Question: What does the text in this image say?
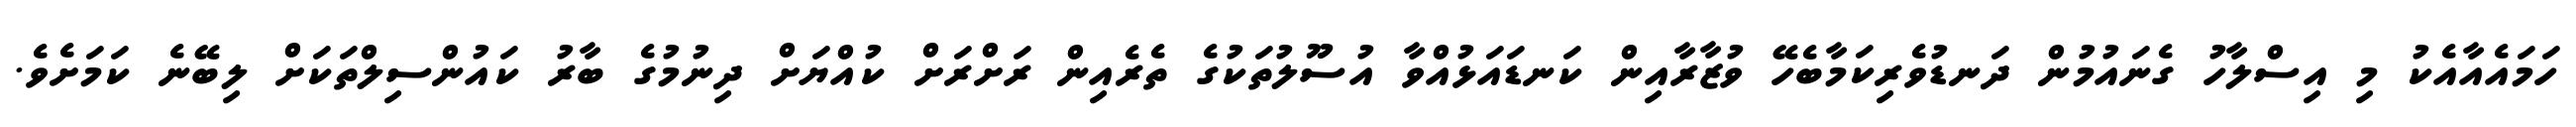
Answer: ހަމައެއާއެކު މި އިސްލާހު ގެނައުމުން ދަނޑުވެރިކަމާބެހޭ ވުޒާރާއިން ކަނޑައަޅުއްވާ އުސޫލުތަކުގެ ތެރެއިން ރަށްރަށް ކުއްޔަށް ދިނުމުގެ ބާރު ކައުންސިލްތަކަށް ލިބޭނެ ކަމަށެވެ.